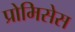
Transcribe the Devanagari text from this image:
प्रोमिसेस